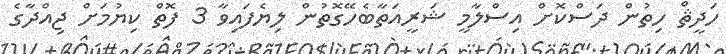
ހަދީޘް ހިތުން ދަސްކޮށް އިސްލާމީ ޝަރީއަތާބެހޭގޮތުން ލިޔެފައިވާ 3 ފޮތް ކިޔުމަށް ޖިއްދާގެ